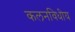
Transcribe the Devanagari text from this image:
कलनविधीय